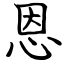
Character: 恩